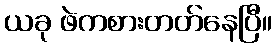
ယခု ဖဲကစားတတ်နေပြီ။